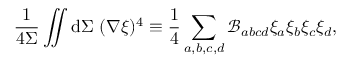
\frac { 1 } { 4 \Sigma } \iint \mathrm { d } \Sigma ~ ( \nabla \xi ) ^ { 4 } \equiv \frac { 1 } { 4 } \sum _ { a , b , c , d } \mathcal { B } _ { a b c d } \xi _ { a } \xi _ { b } \xi _ { c } \xi _ { d } ,